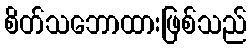
စိတ်သဘောထားဖြစ်သည်